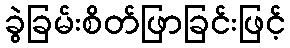
ခွဲခြမ်းစိတ်ဖြာခြင်းဖြင့်